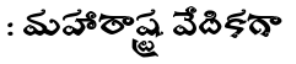
: మహారాష్ట్ర వేదికగా